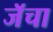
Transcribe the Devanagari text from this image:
जॅचा